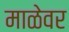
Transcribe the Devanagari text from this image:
माळेवर